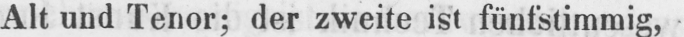
Alt und Tenor; der zweite ist fünfstimmig,